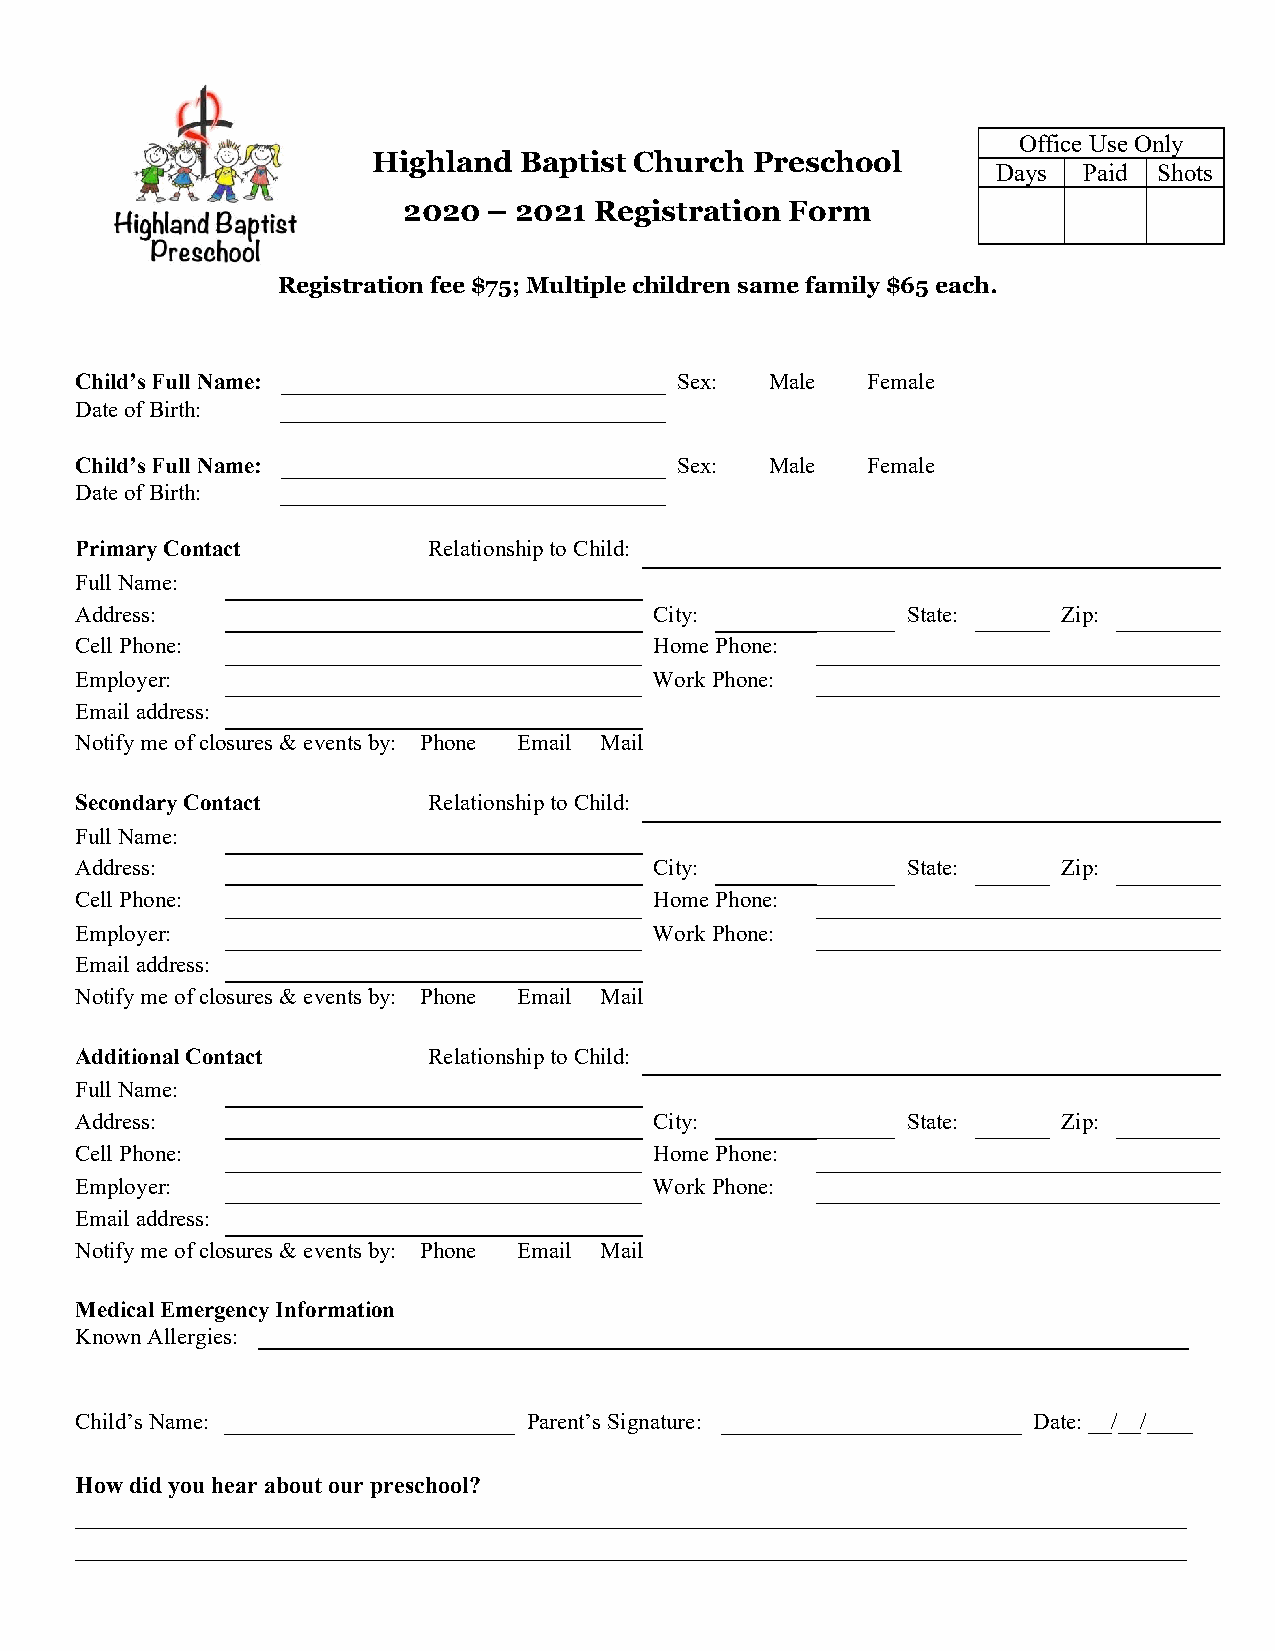
Office Use Only
 Highland Baptist Church  Preschool       Days  Paid Shots
 2020 – 2021 Registration Form
 Registration fee $75; Multiple children same family $65 each.
 Child’s Full Name:                      Sex:  Male  Female
 Date of Birth:
 Child’s Full Name:                      Sex:  Male  Female
 Date of Birth:
 Primary Contact        Relationship to Child:
 Full Name:
 Address:                              City:            State:    Zip:
 Cell Phone:                           Home Phone:
 Employer:                             Work Phone:
 Email address:
 Notify me of closures & events by: Phone Email Mail
 Secondary Contact      Relationship to Child:
 Full Name:
 Address:                              City:            State:    Zip:
 Cell Phone:                           Home Phone:
 Employer:                             Work Phone:
 Email address:
 Notify me of closures & events by: Phone Email Mail
 Additional Contact     Relationship to Child:
 Full Name:
 Address:                              City:            State:    Zip:
 Cell Phone:                           Home Phone:
 Employer:                             Work Phone:
 Email address:
 Notify me of closures & events by: Phone Email Mail
 Medical Emergency Information
 Known Allergies:
 Child’s Name:                 Parent’s Signature:              Date: __/__/____
 How did you hear about our preschool?
 _____________________________________________________________________________________________
 _____________________________________________________________________________________________